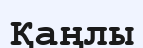
Қаңлы